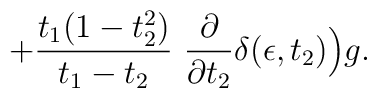
+ {t_1 (1 - t_2^2)\over t_1 - t_2} ~ {\partial\over\partial t_2} \delta(\epsilon, t_2) \Big) g.